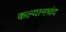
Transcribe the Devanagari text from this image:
कल्यानचंद